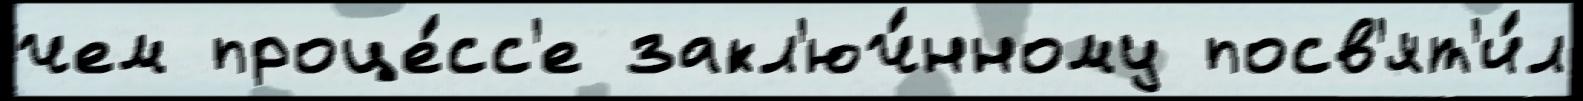
чем проце́сс'е закл'юч́нному посв'ят'и́л